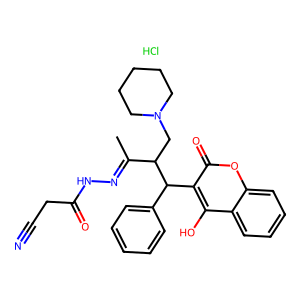
SMILES: CC(=NNC(=O)CC#N)C(CN1CCCCC1)C(c1ccccc1)c1c(O)c2ccccc2oc1=O.Cl
Inhibits HIV replication: No